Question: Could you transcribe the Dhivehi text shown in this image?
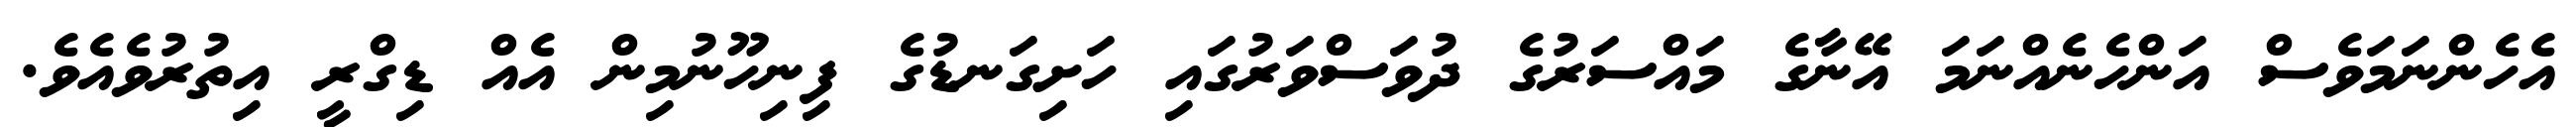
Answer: އެހެންނަމަވެސް އަންހެނެއްނަމަ އޭނާގެ މައްސަރުގެ ދުވަސްވަރުގައި ހަށިގަނޑުގެ ފިނިހޫނުމިން އެއް ޑިގްރީ އިތުރުވެއެވެ.